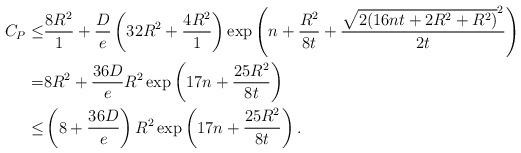
LaTeX: \begin{align*}C_P\leq&\frac{8R^2}{1}+\frac{D}{e}\left(32R^2+\frac{4R^2}{1}\right)\exp\left(n+\frac{R^2}{8t}+\frac{\sqrt{2(16nt+2R^2+R^2)}^2}{2t}\right)\\=&8R^2+\frac{36D}{e}R^2\exp\left(17n+\frac{25R^2}{8t}\right)\\\leq&\left(8+\frac{36D}{e}\right)R^2\exp\left(17n+\frac{25R^2}{8t}\right).\end{align*}